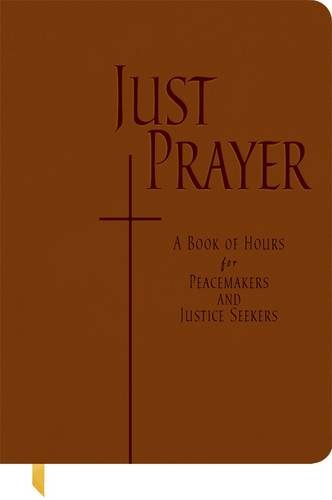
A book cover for Just Prayer: A Book of Hours for Peacemakers and Justice Seekers; Alison M. Benders; Christian Books & Bibles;